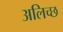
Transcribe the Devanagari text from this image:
अलिच्छ